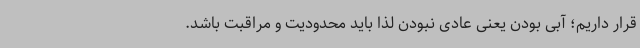
قرار داریم؛ آبی بودن یعنی عادی نبودن لذا باید محدودیت و مراقبت باشد.